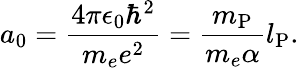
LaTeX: a_{0}={\frac{4\pi\epsilon_{0}\hbar^{2}}{m_{e}e^{2}}}={\frac{m_{\mathrm{P}}}{m_{e}\alpha}}l_{\mathrm{P}}.